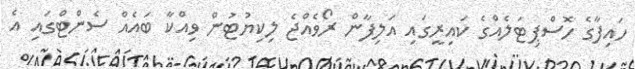
ހައިފާގެ ހޮސްޕިޓަލެއްގެ ކައިރީގައި އަލިފާން ރޯވެއްޖެ ލިކިޔުޓުން ވިއްކާ ބައެއް ސެންޓްގައި އެ